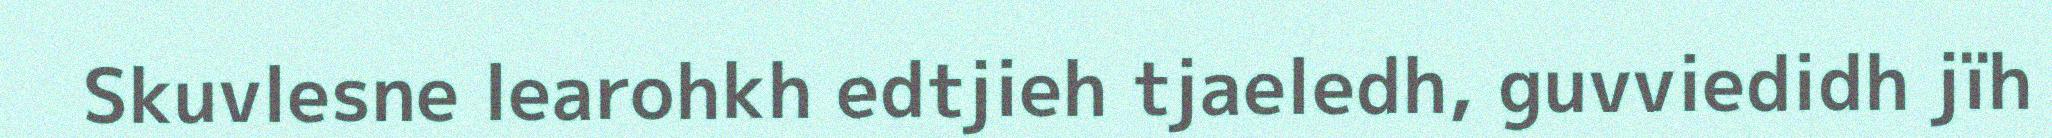
Skuvlesne learohkh edtjieh tjaeledh, guvviedidh jïh